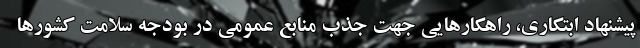
پیشنهاد ابتکاری، راهکارهایی جهت جذب منابع عمومی در بودجه سلامت کشورها